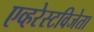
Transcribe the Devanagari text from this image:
एव्हरेस्टविजेता